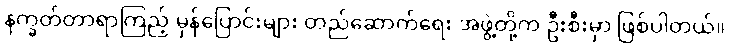
နက္ခတ်တာရာကြည့် မှန်ပြောင်းများ တည်ဆောက်ရေး အဖွဲ့တို့က ဦးစီးမှာ ဖြစ်ပါတယ်။